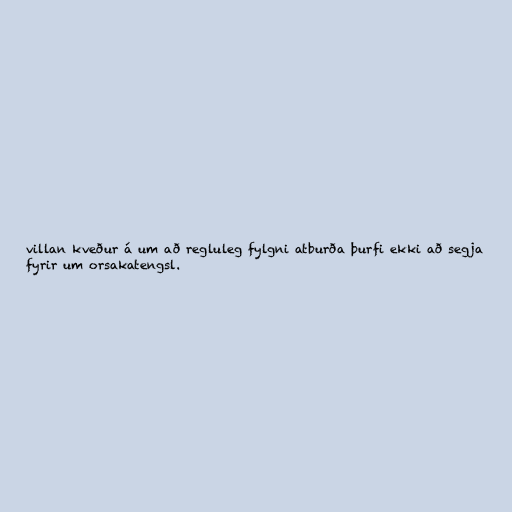
villan kveður á um að regluleg fylgni atburða þurfi ekki að segja
fyrir um orsakatengsl.